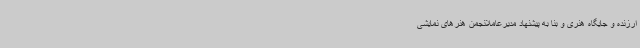
ارزنده و جایگاه هنری و بنا به پیشنهاد مدیرعاملانجمن هنرهای نمایشی